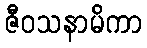
ဇီဝသနာမိကာ